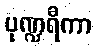
ပုဏ္ဍရီကာ